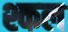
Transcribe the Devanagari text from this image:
श्कल